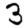
Digit: 3